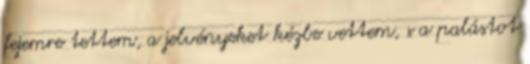
fejemre tettem, a jelvényeket kézbe vettem, s a palástot